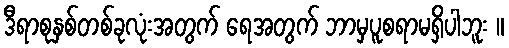
ဒီရာစုနှစ်တစ်ခုလုံးအတွက် ရေအတွက် ဘာမှပူစရာမရှိပါဘူး ။